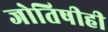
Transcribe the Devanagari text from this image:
जोतिषीही